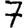
Digit: 7